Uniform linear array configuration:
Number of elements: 48
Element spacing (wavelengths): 0.75
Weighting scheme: blackman
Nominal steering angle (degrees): -15
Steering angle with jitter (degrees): -15.379
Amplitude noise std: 0.05
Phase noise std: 0.05

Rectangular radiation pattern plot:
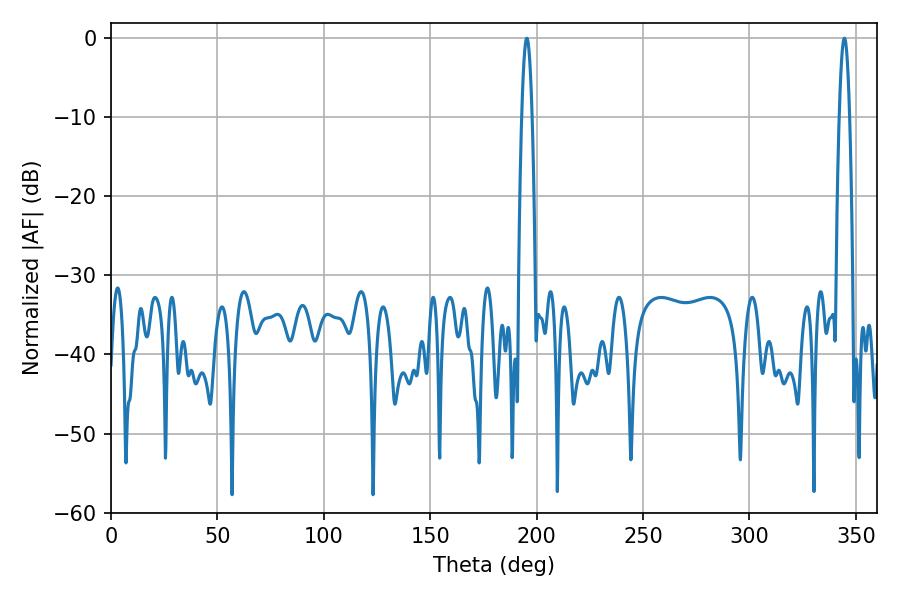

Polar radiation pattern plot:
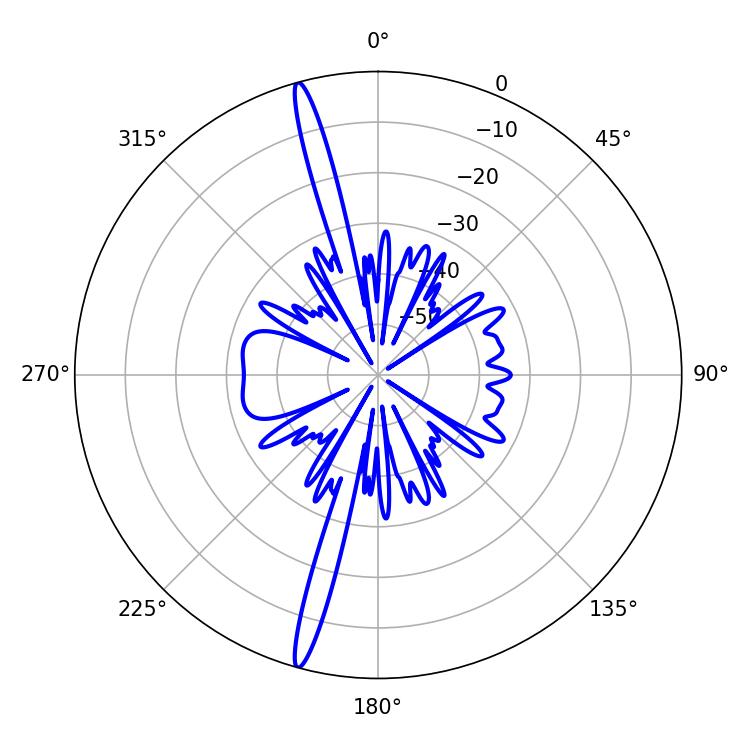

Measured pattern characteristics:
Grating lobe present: TRUE
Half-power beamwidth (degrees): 2.7
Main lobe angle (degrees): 195.3